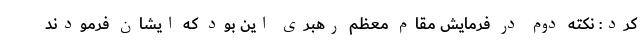
کرد: نکته دوم در فرمایش مقام معظم رهبری این بود که ایشان فرمودند